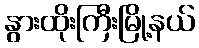
နွားထိုးကြီးမြို့နယ်